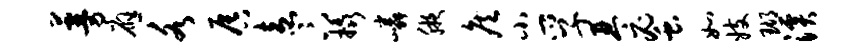
蔓应各唇盍卞橇嶙腋侯小孚琴蜜如妓瑚溪